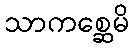
သာကစ္ဆေမိ